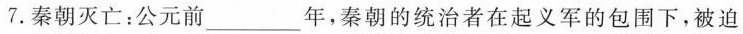
7.秦朝灭亡：公元前___年，秦朝的统治者在起义军的包围下，被迫